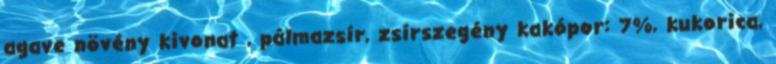
agave növény kivonat , pálmazsír, zsírszegény kakópor: 7%, kukorica,